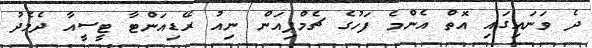
ދެ ވަނައިގައި އޮތް އެންމެ ފަހުގެ ޗެމްޕިއަން ނިއު ރޭޑިއަންޓާ ޓީސީއާ ދެމެދު